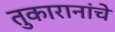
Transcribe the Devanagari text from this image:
तुकारानांचे